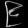
Digit: ၉